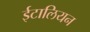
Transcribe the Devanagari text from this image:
ईटालियन